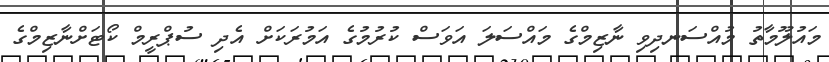
މައުލޫމާތު މުއްސަނދިވި ނާޒިމްގެ މައްސަލަ އަވަސް ކުރުމުގެ އަމުރަކަށް އެދި ސުޕްރީމް ކޯޓަށްނާޒިމްގެ